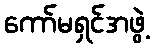
ကော်မရှင်အဖွဲ့